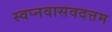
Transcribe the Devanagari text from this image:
स्वप्नवासवदत्तम